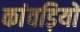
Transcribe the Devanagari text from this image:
कांवड़ियों